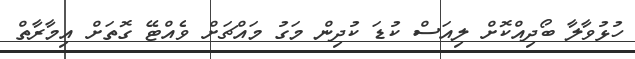
ހުޅުވާލާ ބޯދިއްކޮށް ލިއަސް ކުޑަ ކުދިން މަގު މަައްޗަށް ވެއްޓޭ ގޮތަށް އިމާރާތް